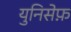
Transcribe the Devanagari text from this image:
युनिसेफ़